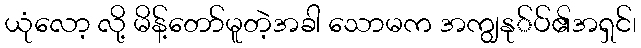
ယုံလော့ လို့ မိန့်တော်မူတဲ့အခါ သောမက အကျွနု်ပ်၏အရှင်၊